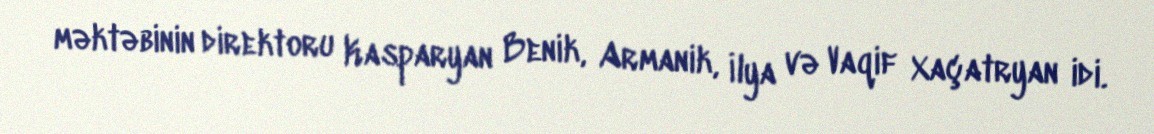
məktəbinin direktoru Kasparyan Benik, Armanik, İlya və Vaqif Xaçatryan idi.